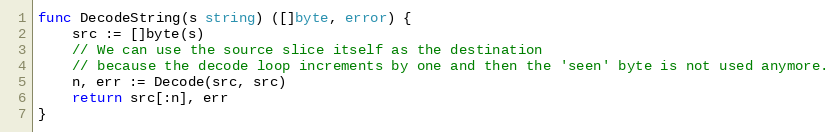
Language: Go
func DecodeString(s string) ([]byte, error) {
	src := []byte(s)
	// We can use the source slice itself as the destination
	// because the decode loop increments by one and then the 'seen' byte is not used anymore.
	n, err := Decode(src, src)
	return src[:n], err
}